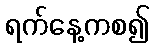
ရက်နေ့ကစ၍